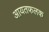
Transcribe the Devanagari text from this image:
आयतफलक